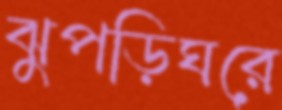
ঝুপড়িঘরে